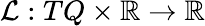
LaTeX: \mathcal{L}:TQ\times\mathbb{R}\rightarrow\mathbb{R}